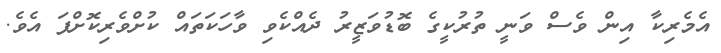
އެމެރިކާ އިން ވެސް ވަނީ ތުރުކީގެ ބޮޑުވަޒީރު ދެއްކެވި ވާހަކަތައް ކުށްވެރިކޮށްފަ އެވެ.